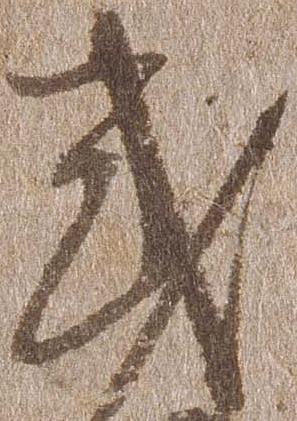
式